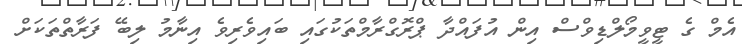
އެމް ގެ ޓީވީމޯލްޑިވްސް އިން އުފައްދާ ޕްރޮގްރާމްތަކުގައި ބައިވެރިވެ އިނާމު ލިބޭ ފަރާތްތަކަށް